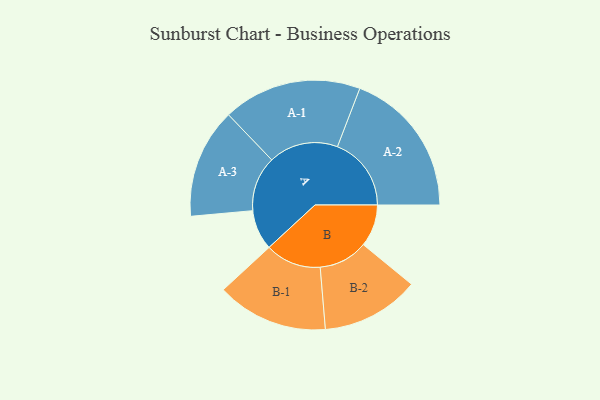
{"axis": {"x": "Segment", "y": "Value"}, "legend": ["", "A", "B"], "data": [{"x": "A", "y": 162, "type": ""}, {"x": "B", "y": 170, "type": ""}, {"x": "A-1", "y": 280, "type": "A"}, {"x": "A-2", "y": 298, "type": "A"}, {"x": "A-3", "y": 222, "type": "A"}, {"x": "B-1", "y": 225, "type": "B"}, {"x": "B-2", "y": 198, "type": "B"}]}